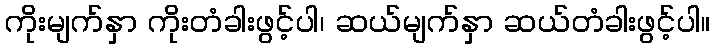
ကိုးမျက်နှာ ကိုးတံခါးဖွင့်ပါ၊ ဆယ်မျက်နှာ ဆယ်တံခါးဖွင့်ပါ။